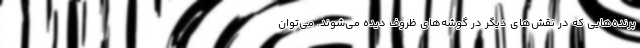
پرنده‌هایی که در نقش‌های دیگر در گوشه‌های ظروف دیده می‌شوند. می‌توان